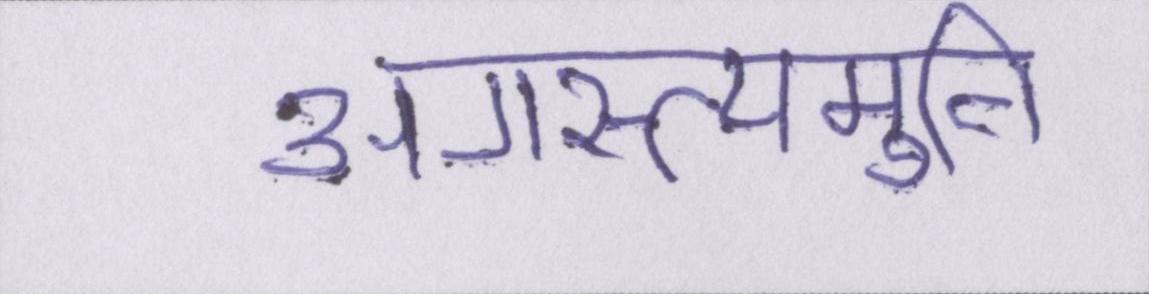
अगस्त्यमुनि